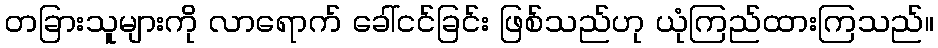
တခြားသူများကို လာရောက် ခေါ်ငင်ခြင်း ဖြစ်သည်ဟု ယုံကြည်ထားကြသည်။